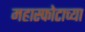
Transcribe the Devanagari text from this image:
महास्फोटाच्या